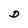
Character: D